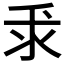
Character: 𫡕